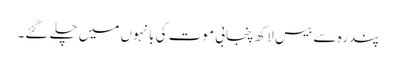
پندرہ سے بیس لاکھ پنجابی موت کی بانہوں میں چلے گئے۔